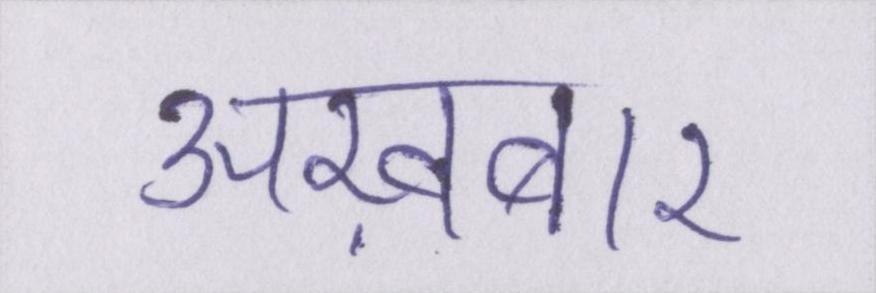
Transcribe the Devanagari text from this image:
अख़बार